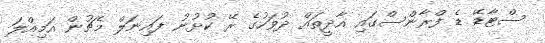
ސްޓާޑޭ ޑެ ފްރާންސްގައި އާދީތައް ދުވަހުގެ ރޭ ކުޅުނު ފައިނަލް މެޗުން އަމިއްލަ